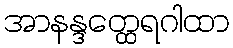
အာနန္ဒတ္ထေရဂါထာ